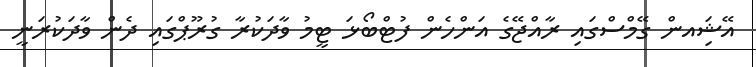
އޭޝިައން ގޭމްސްގައި ރާއްޖޭގެ އަންހެން ފުޓްބޯޅަ ޓީމު ވާދަކުރާ ގުރޫޕްގައި ދެން ވާދަކުރަނީ